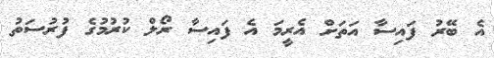
އެ ބޭރު ފައިސާ އަތަށް އެރީމަ އެ ފައިސާ ރޯލް ކުރުމުގެ ފުރުސަތު